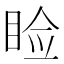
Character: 睑